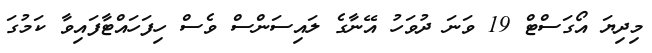
މިދިޔަ އޯގަސްޓް 19 ވަނަ ދުވަހު އޭނާގެ ލައިސަންސް ވެސް ހިފަހައްޓާފައިވާ ކަމުގަ